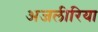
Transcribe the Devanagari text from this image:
अजलीरिया